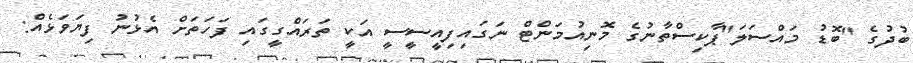
ބުދުގެ "ބޮޑު މައްސަލަ"ޕާކިސްތާނުގެ މޮނިއުމަންޓް ނަގައިފިއީސީސީ އަކީ ތަރައްގީގައި ފަހަތަށް އެޅުނު ފިޔަވަޅެއް: